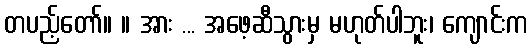
တပည့်တော်။ ။ အား ... အဖေ့ဆီသွားမှ မဟုတ်ပါဘူး၊ ကျောင်းက